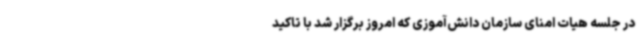
در جلسه هیات امنای سازمان دانش‌آموزی که امروز برگزار شد با تاکید